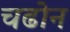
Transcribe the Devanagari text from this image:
चढोन